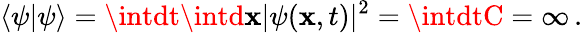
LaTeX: \langle\psi\vert\psi\rangle=\intdt\intd\mathbf{x}\vert\psi(\mathbf{x},t)\vert^{2}=\intdtC=\infty\, .